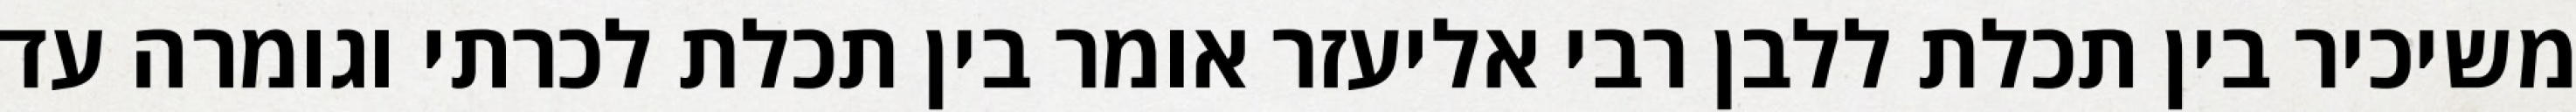
משיכיר בין תכלת ללבן רבי אליעזר אומר בין תכלת לכרתי וגומרה עד